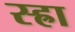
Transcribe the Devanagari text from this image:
स्ह्रा